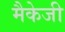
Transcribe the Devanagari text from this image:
मैकेजी